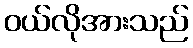
ဝယ်လိုအားသည်